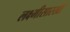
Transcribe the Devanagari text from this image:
लक्ष्मीसारखी